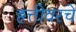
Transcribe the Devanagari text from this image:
हत्तीवरचे